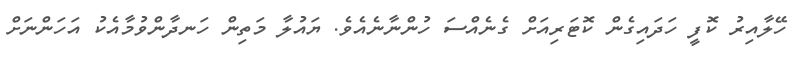
ހޭލާއިރު ކޮފީ ހަދައިގެން ކޮޓަރިއަށް ގެނެއްސަ ހުންނާނެއެވެ. ޔައުލާ މަތިން ހަނދާންވުމާއެކު އަހަންނަށް